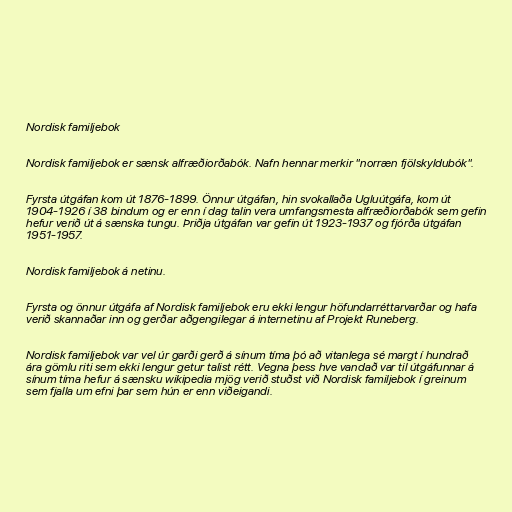
Nordisk familjebok

Nordisk familjebok er sænsk alfræðiorðabók. Nafn hennar merkir "norræn fjölskyldubók".

Fyrsta útgáfan kom út 1876-1899. Önnur útgáfan, hin svokallaða Ugluútgáfa, kom út
1904-1926 í 38 bindum og er enn í dag talin vera umfangsmesta alfræðiorðabók sem gefin
hefur verið út á sænska tungu. Þriðja útgáfan var gefin út 1923-1937 og fjórða útgáfan
1951-1957.

Nordisk familjebok á netinu.

Fyrsta og önnur útgáfa af Nordisk familjebok eru ekki lengur höfundarréttarvarðar og hafa
verið skannaðar inn og gerðar aðgengilegar á internetinu af Projekt Runeberg.

Nordisk familjebok var vel úr garði gerð á sínum tíma þó að vitanlega sé margt í hundrað
ára gömlu riti sem ekki lengur getur talist rétt. Vegna þess hve vandað var til útgáfunnar á
sínum tíma hefur á sænsku wikipedia mjög verið stuðst við Nordisk familjebok í greinum
sem fjalla um efni þar sem hún er enn viðeigandi.